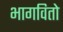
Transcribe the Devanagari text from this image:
भागवितो